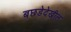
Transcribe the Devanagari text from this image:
बछडेदेखील